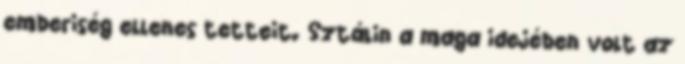
emberiség ellenes tetteit. Sztálin a maga idejében volt az